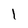
Character: l